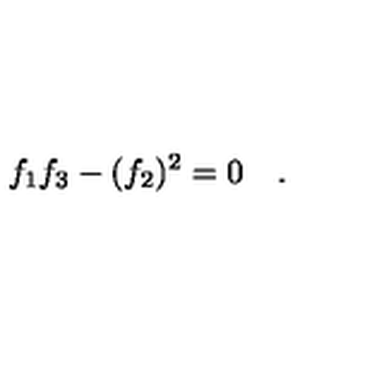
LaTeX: f _ { 1 } f _ { 3 } - ( f _ { 2 } ) ^ { 2 } = 0 \quad .